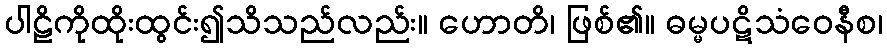
ပါဠိကိုထိုးထွင်း၍သိသည်လည်း။ ဟောတိ၊ ဖြစ်၏။ ဓမ္မပဋိသံဝေနီစ၊